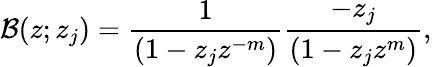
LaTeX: \mathcal{B}(z;z_{j})=\frac{1}{(1-z_{j}z^{-m})}\frac{-z_{j}}{(1-z_{j}z^{m})},